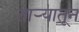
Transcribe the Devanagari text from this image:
ताऱ्यातून